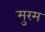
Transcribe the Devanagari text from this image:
मुरम